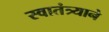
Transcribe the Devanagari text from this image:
स्वातंत्र्याने